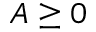
A \geq 0